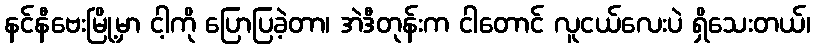
နင်နီဗေးမြို့မှာ ငါ့ကို ပြောပြခဲ့တာ၊ အဲဒီတုန်းက ငါတောင် လူငယ်လေးပဲ ရှိသေးတယ်၊